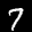
Label: 7